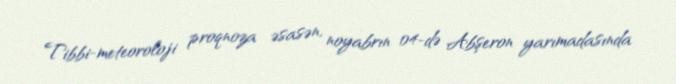
Tibbi-meteoroloji proqnoza əsasən, noyabrın 04-də Abşeron yarımadasında